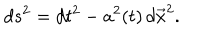
d s ^ { 2 } = d t ^ { 2 } - a ^ { 2 } ( t ) \, d \vec { x } ^ { 2 } .